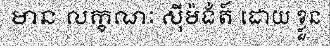
មាន លក្ខណៈ ស៊ីម៉ង់ត៍ ដោយ ខ្លួន